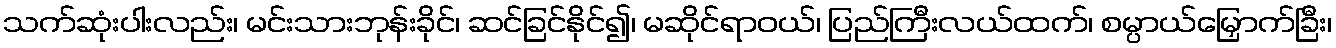
သက်ဆုံးပါးလည်း၊ မင်းသားဘုန်းခိုင်၊ ဆင်ခြင်နိုင်၍၊ မဆိုင်ရာဝယ်၊ ပြည်ကြီးလယ်ထက်၊ စမ္ပာယ်မြှောက်ခြီး၊